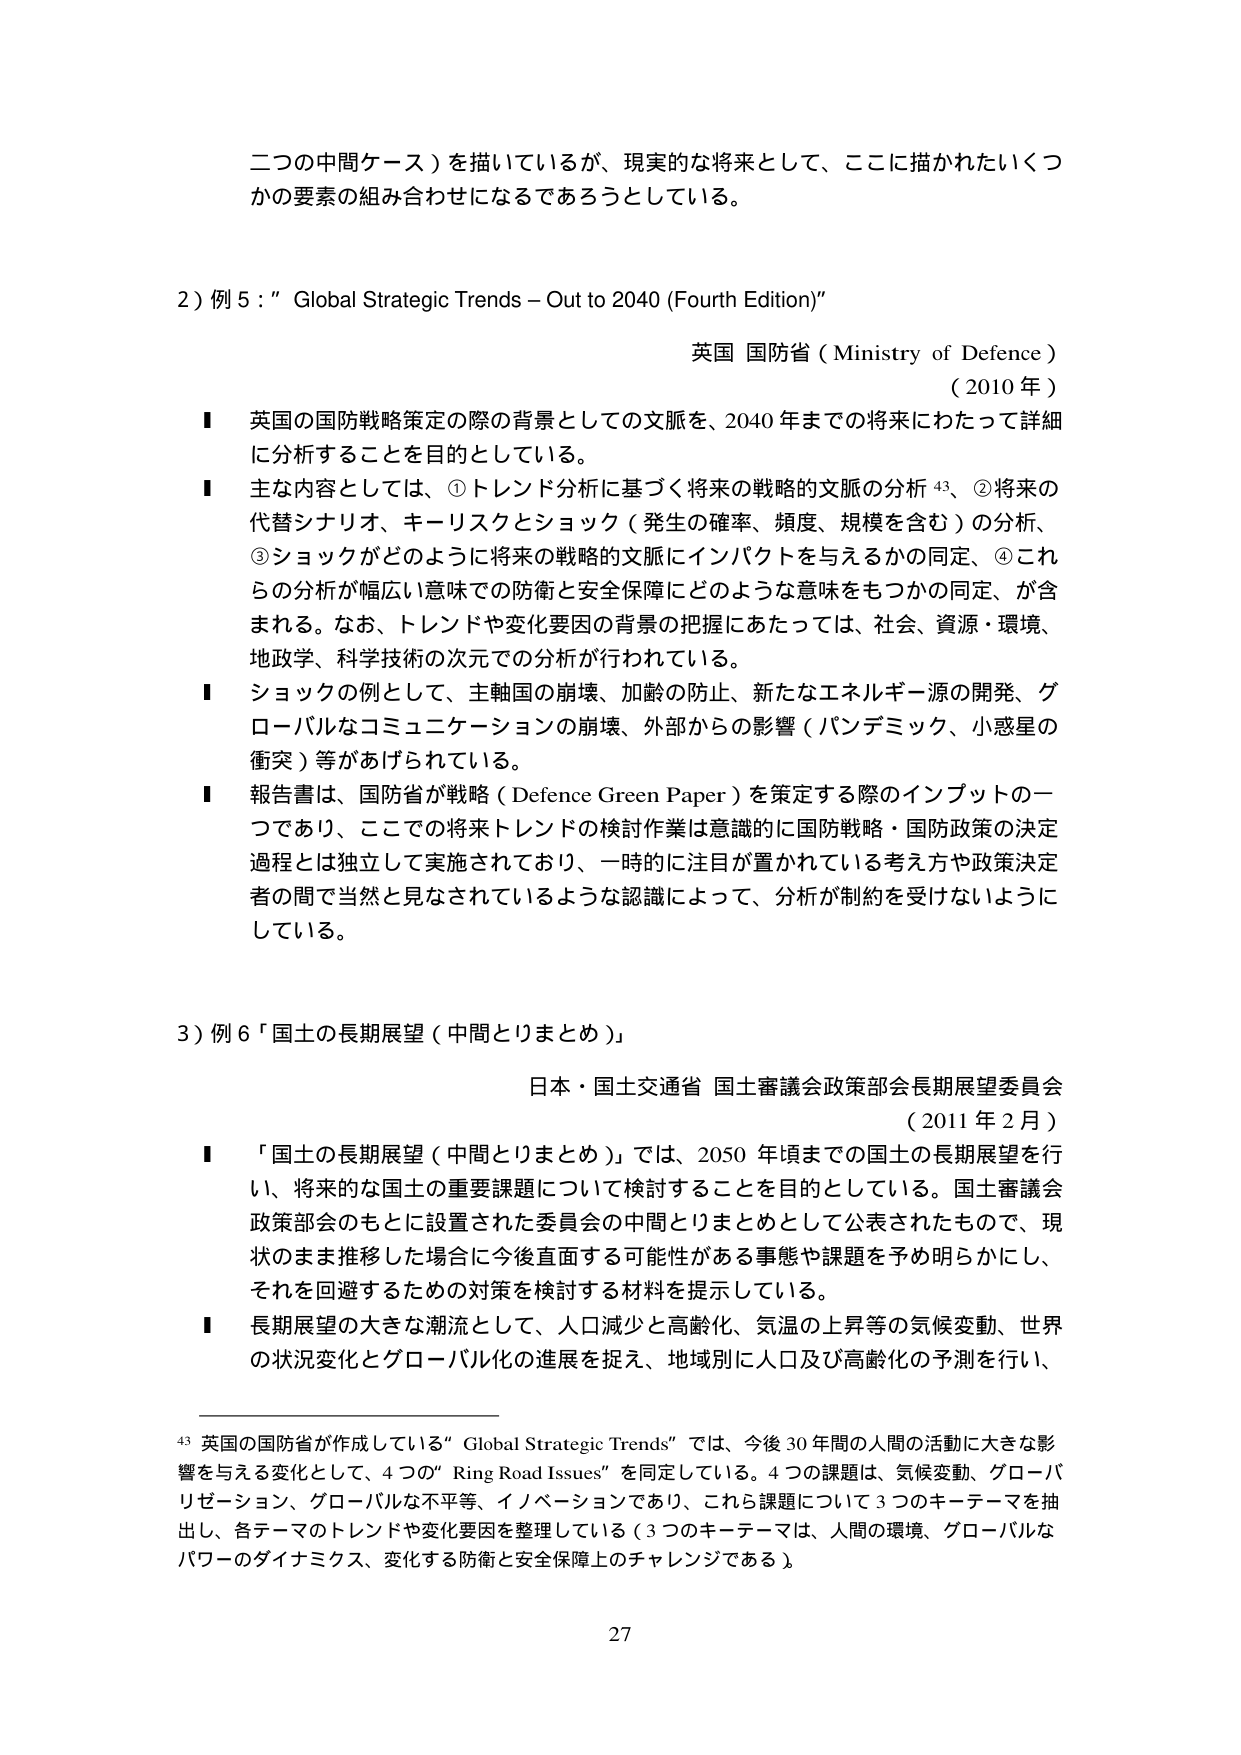
二つの中間ケース）を描いているが、現実的な将来として、ここに描かれたいくつかの要素の組み合わせになるであろうとしている。

2）例5：“Global Strategic Trends – Out to 2040 (Fourth Edition)”

英国 国防省（Ministry of Defence）
（2010年）

■ 英国の国防戦略策定の際の背景としての文脈を、2040年までの将来にわたって詳細に分析することを目的としている。

■ 主な内容としては、①トレンド分析に基づく将来の戦略的文脈の分析⁴³、②将来の代替シナリオ、キーリスクとショック（発生の確率、頻度、規模を含む）の分析、③ショックがどのように将来の戦略的文脈にインパクトを与えるかの同定、④これらの分析が幅広い意味での防衛と安全保障にどのような意味をもつかの同定、が含まれる。なお、トレンドや変化要因の背景の把握にあたっては、社会、資源・環境、地政学、科学技術の次元での分析が行われている。

■ ショックの例として、主軸国の崩壊、加齢の防止、新たなエネルギー源の開発、グローバルなコミュニケーションの崩壊、外部からの影響（パンデミック、小惑星の衝突）等があげられている。

■ 報告書は、国防省が戦略（Defence Green Paper）を策定する際のインプットの一つであり、ここでの将来トレンドの検討作業は意識的に国防戦略・国防政策の決定過程とは独立して実施されており、一時的に注目が置かれている考え方や政策決定者の間で当然と見なされているような認識によって、分析が制約を受けないようにしている。

3）例6「国土の長期展望（中間とりまとめ）」

日本・国土交通省 国土審議会政策部会長期展望委員会
（2011年2月）

■ 「国土の長期展望（中間とりまとめ）」では、2050年頃までの国土の長期展望を行い、将来的な国土の重要課題について検討することを目的としている。国土審議会政策部会のもとに設置された委員会の中間とりまとめとして公表されたもので、現状のまま推移した場合に今後直面する可能性がある事態や課題を予め明らかにし、それを回避するための対策を検討する材料を提示している。

■ 長期展望の大きな潮流として、人口減少と高齢化、気温の上昇等の気候変動、世界の状況変化とグローバル化の進展を捉え、地域別に人口及び高齢化の予測を行い、

⁴³ 英国の国防省が作成している“Global Strategic Trends”では、今後30年間の人間の活動に大きな影響を与える変化として、4つの“Ring Road Issues”を同定している。4つの課題は、気候変動、グローバリゼーション、グローバルな不平等、イノベーションであり、これら課題について3つのキーテーマを抽出し、各テーマのトレンドや変化要因を整理している（3つのキーテーマは、人間の環境、グローバルなパワーのダイナミクス、変化する防衛と安全保障上のチャレンジである）。

27